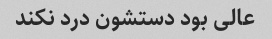
عالی بود دستشون درد نکند